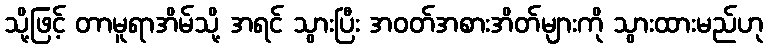
သို့ဖြင့် တာမူရာအိမ်သို့ အရင် သွားပြီး အဝတ်အစားအိတ်များကို သွားထားမည်ဟု